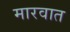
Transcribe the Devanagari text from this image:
मारवात